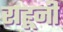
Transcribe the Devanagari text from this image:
राहूनी